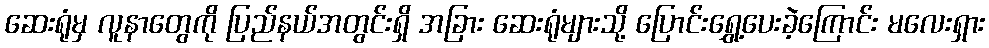
ဆေးရုံမှ လူနာတွေကို ပြည်နယ်အတွင်းရှိ အခြား ဆေးရုံများသို့ ပြောင်းရွှေ့ပေးခဲ့ကြောင်း မလေးရှား